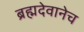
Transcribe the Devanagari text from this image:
ब्रह्मदेवानेच